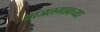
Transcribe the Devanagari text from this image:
माजलगावच्या